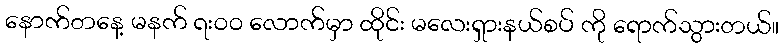
နောက်တနေ့ မနက် ရး၀၀ လောက်မှာ ထိုင်း မလေးရှားနယ်စပ် ကို ရောက်သွားတယ်။